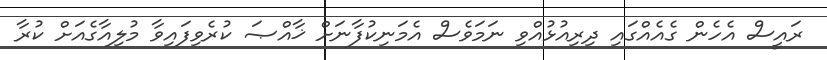
ރައީސް އެހެން ގެއެއްގައި ދިރިއުޅުއްވި ނަމަވެސް އެމަނިކުފާނަށް ޚާއްޞަ ކުރެވިފައިވާ މުލިއާގެއަށް ކުރާ